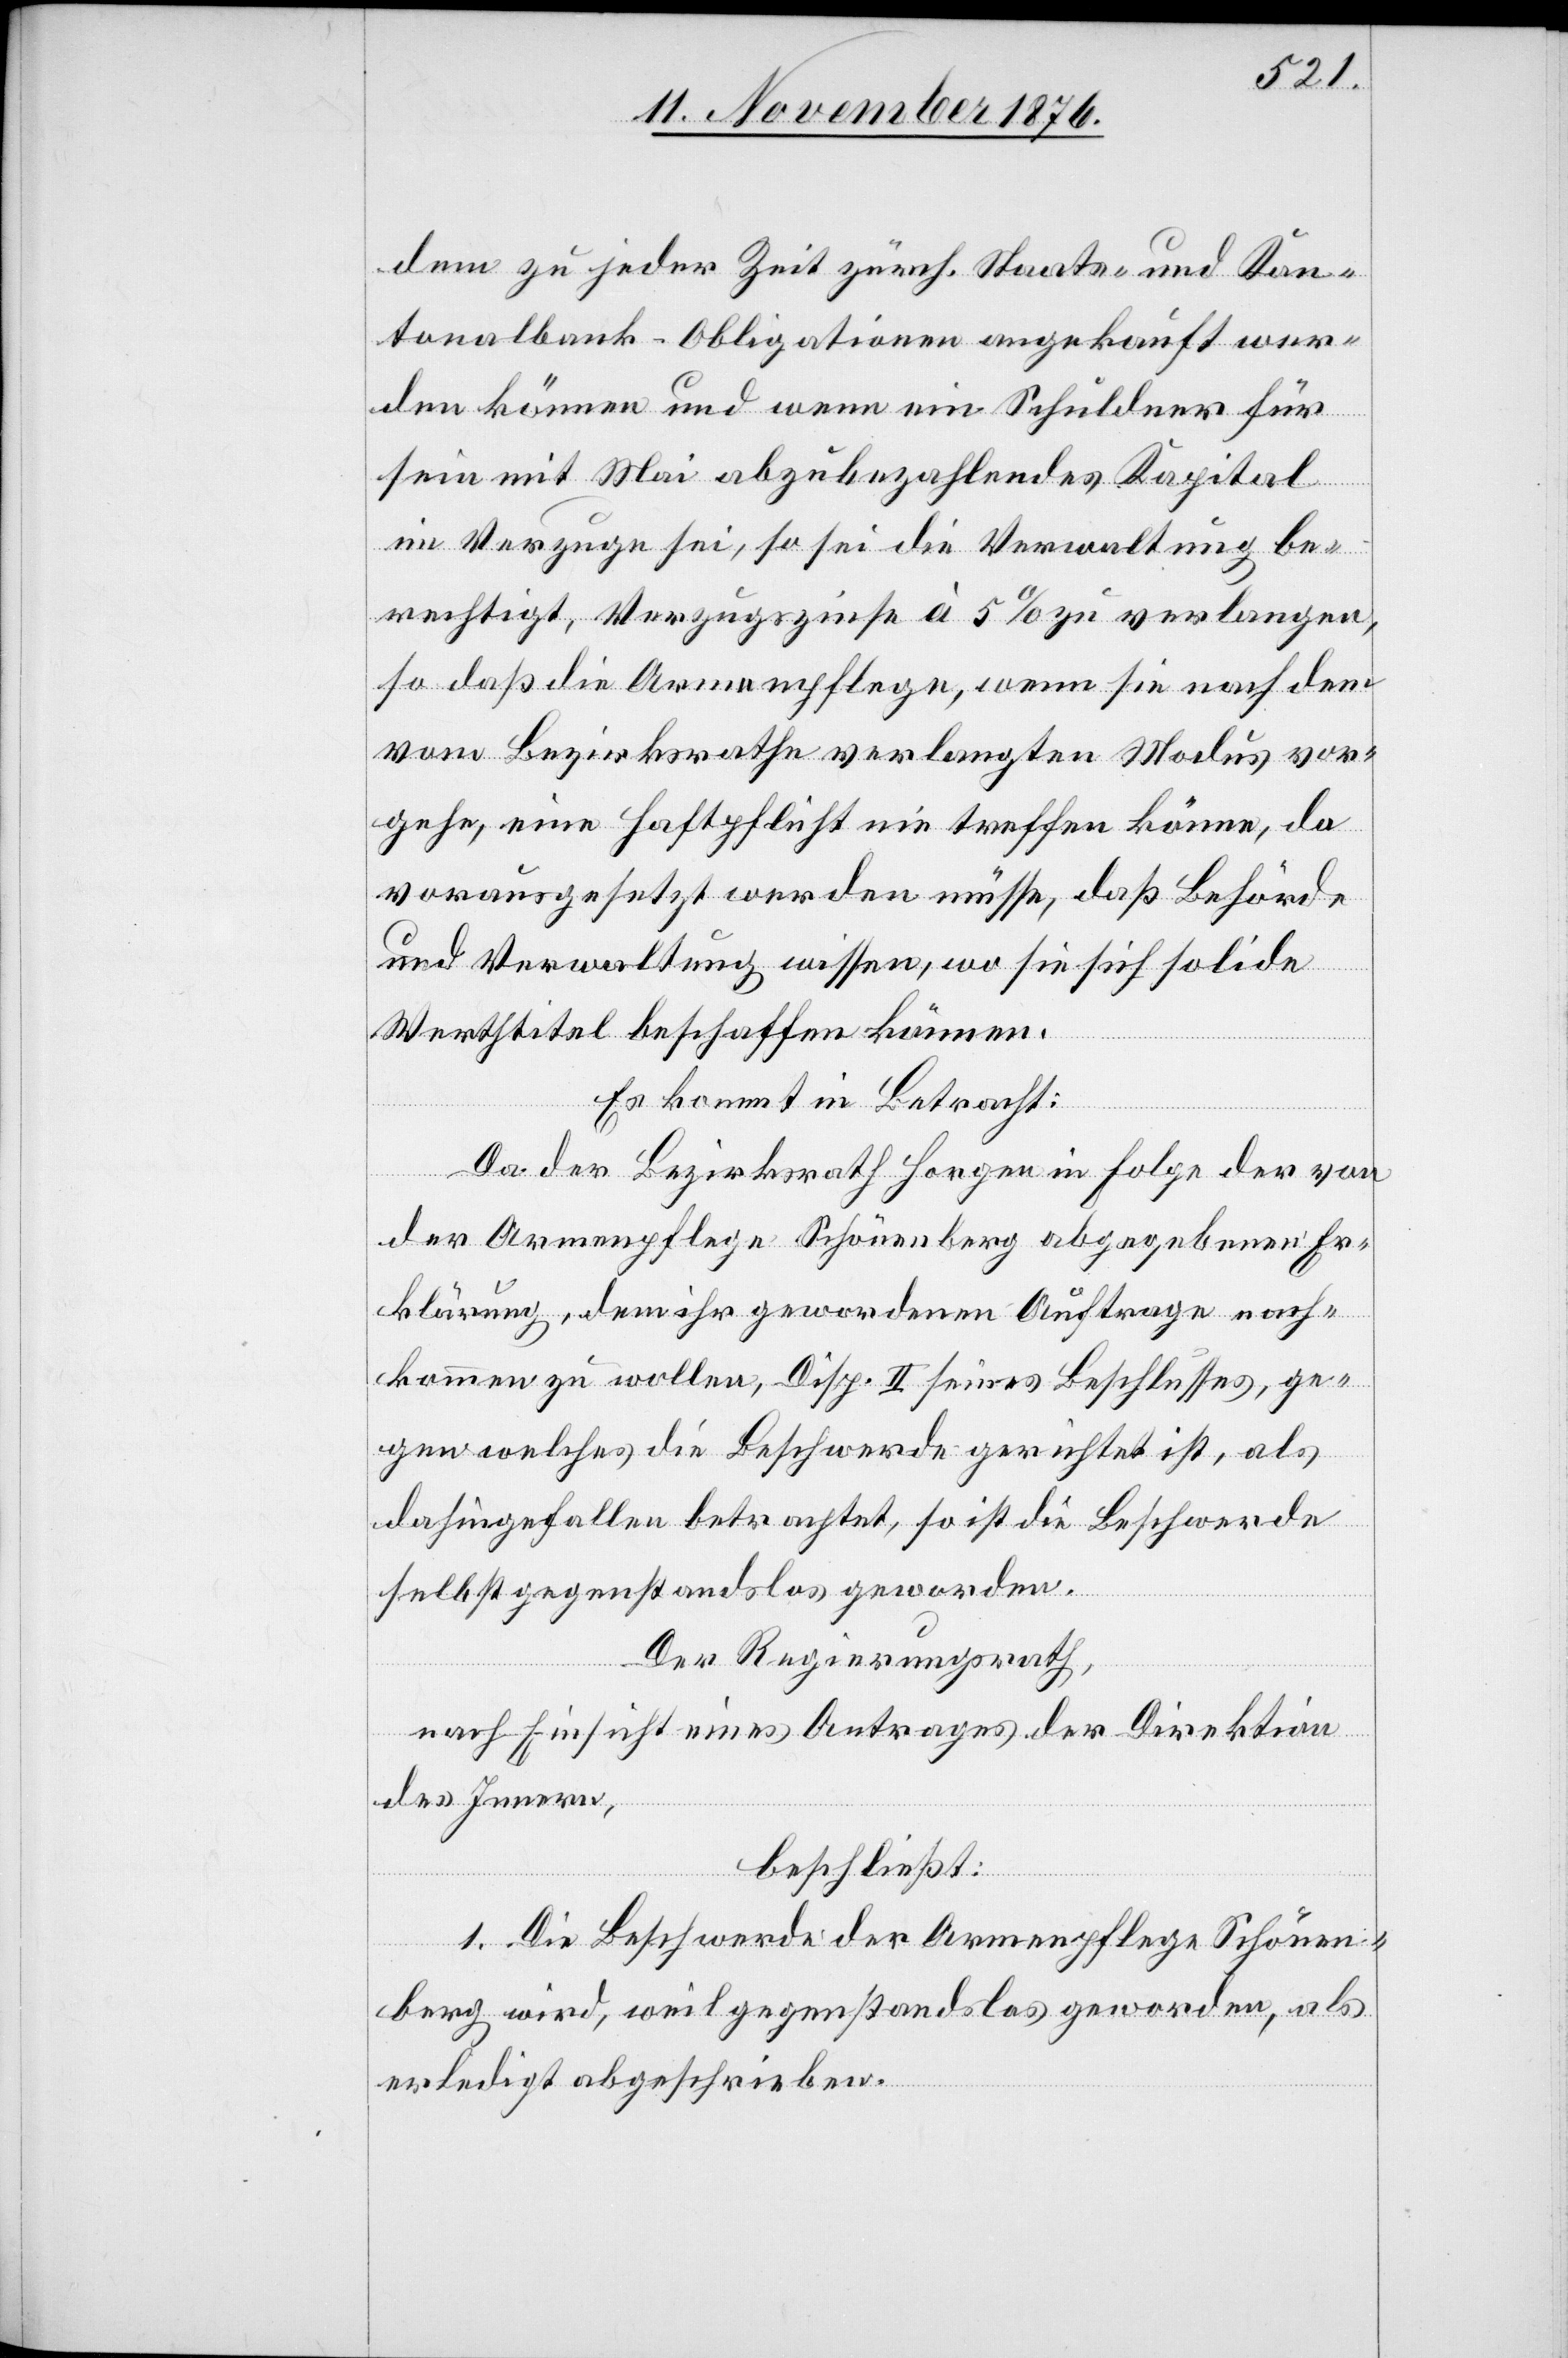
dem zu jeder Zeit zürch. Staats- und Kan¬
tonalbank-Obligationen angekauft wer¬
den können und wenn ein Schuldner für
sein mit Mai abzubezahlendes Kapital
im Verzuge sei, so sei die Verwaltung be¬
rechtigt, Verzugszinse à 5% zu verlangen,
so daß die Armenpflege, wenn sie nach dem
vom Bezirksrathe verlangten Modus vor¬
gehe, eine Haftpflicht nie treffen könne, da
vorausgesetzt werden müsse, daß Behörde
und Verwaltung wissen, wo sie sich solide
Werthtitel beschaffen können.
Es kommt in Betracht:
Da der Bezirksrath Horgen in Folge der von
der Armenpflege Schönenberg abgegebenen Er¬
klärung, dem ihr gewordenen Auftrage nach¬
kommen zu wollen, Disp. II seines Beschlusses, ge¬
gen welches die Beschwerde gerichtet ist, als
dahingefallen betrachtet, so ist die Beschwerde
selbst gegenstandslos geworden.
Der Regierungsrath,
nach Einsicht eines Antrages der Direktion
des Innern,
beschließt:
1. Die Beschwerde der Armenpflege Schönen¬
berg wird, weil gegenstandslos geworden, als
erledigt abgeschrieben.